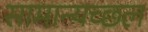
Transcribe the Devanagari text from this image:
सामान्यच्छल